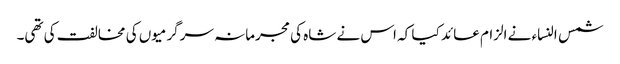
شمس النساء نے الزام عائد کیا کہ اس نے شاہ کی مجرمانہ سرگرمیوں کی مخالفت کی تھی۔